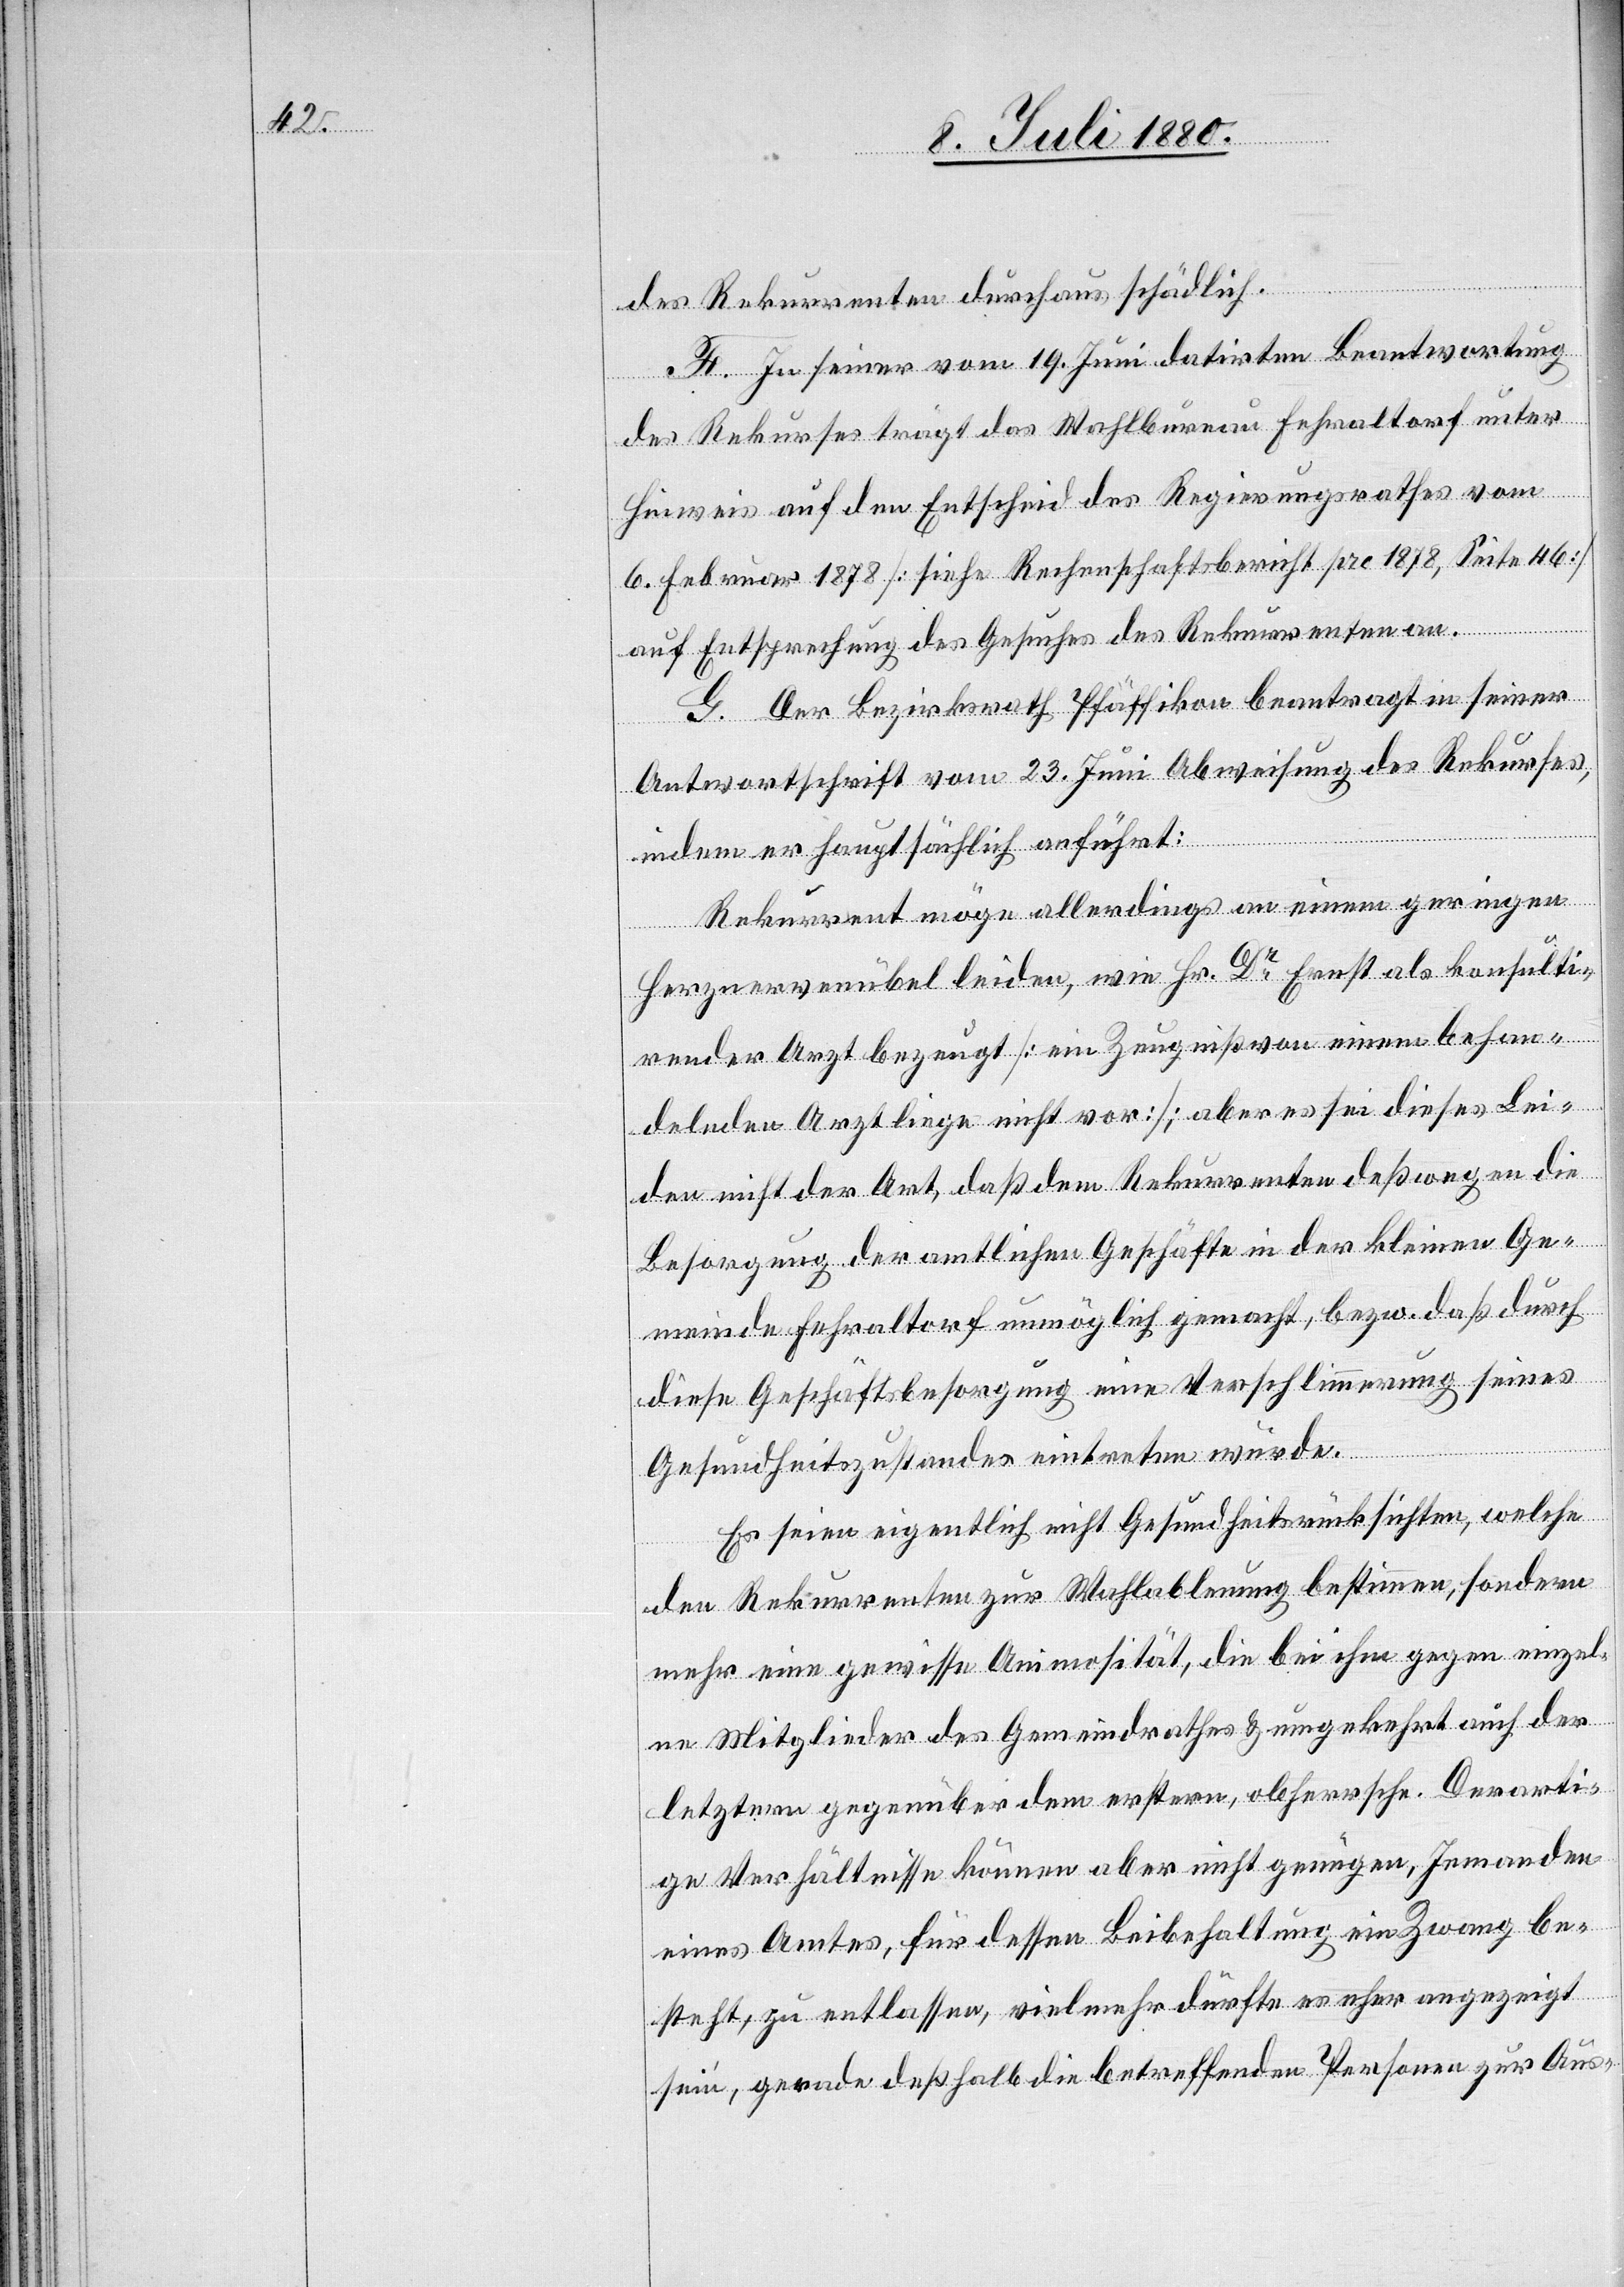
des Rekurrenten durchaus schädlich.
F. In seiner vom 19. Juni datirten Beantwortung
des Rekurses trägt das Wahlbureau Fehraltorf unter
Hinweis auf den Entscheid des Regierungsrathes vom
6. Februar 1878 [siehe Rechenschaftsbericht pro 1878, Seite 46]
auf Entsprechung des Gesuches des Rekurrenten an.
G. Der Bezirksrath Pfäffikon beantragt in seiner
Antwortschrift vom 23. Juni Abweisung des Rekurses,
indem er hauptsächlich anführt:
Rekurrent möge allerdings an einem geringen
Herznervenübel leiden, wie Hr. Dr Ernst als konsulti¬
render Arzt bezeugt [ein Zeugniß von einem behan¬
delnden Arzt liege nicht vor]; aber es sei dieses Lei¬
den nicht der Art, daß dem Rekurrenten deßwegen die
Besorgung der amtlichen Geschäfte in der kleinen Ge¬
meinde Fehraltorf unmöglich gemacht, bezw. daß durch
diese Geschäftsbesorgung eine Verschlimmerung seines
Gesundheitszustandes eintreten würde.
Es seien eigentlich nicht Gesundheitsrücksichten, welche
den Rekurrenten zur Wahlable[h]nung bestimmen, sondern
mehr eine gewisse Animosität, die bei ihm gegen einzel¬
ne Mitglieder des Gemeindrathes & umgekehrt auch der
letztern gegenüber dem erstern, obherrsche. Derarti¬
ge Verhältnisse können aber nicht genügen, Jemanden
eines Amtes, für dessen Beibehaltung ein Zwang be¬
steht, zu entlassen, vielmehr dürfte es eher angezeigt
sein, gerade deßhalb die betreffenden Personen zur Aus-